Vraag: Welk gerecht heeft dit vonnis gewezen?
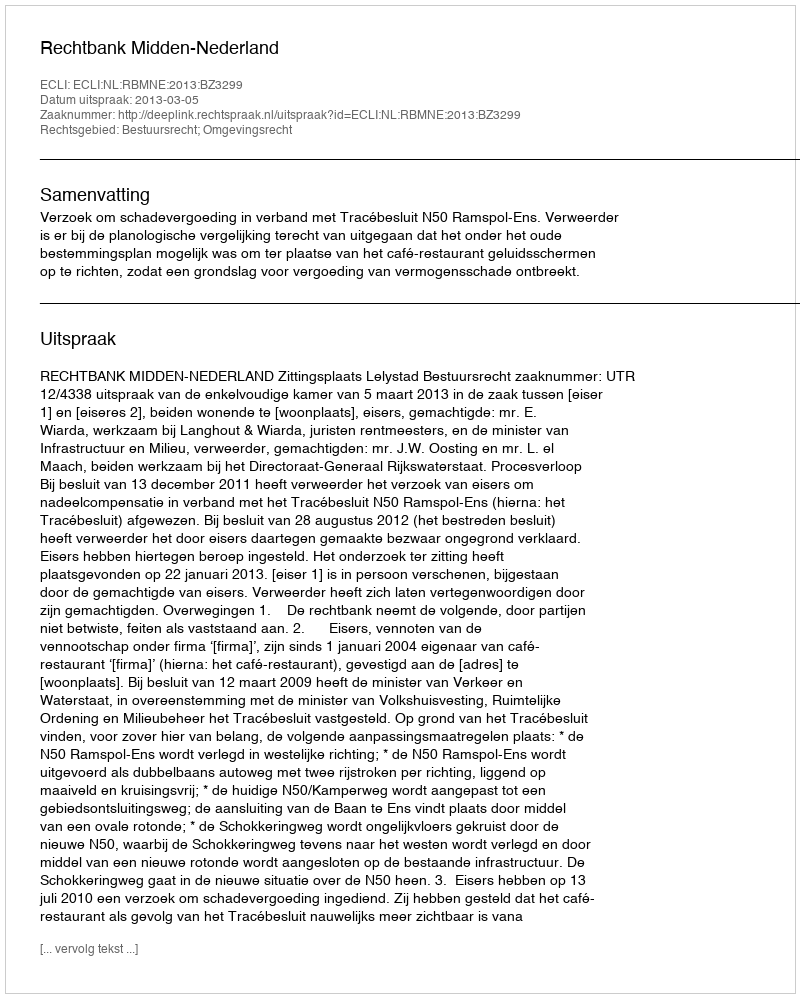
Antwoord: Rechtbank Midden-Nederland